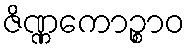
ဇိဏ္ဏကောဉ္စာဝ